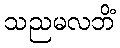
သညမလဘိံ